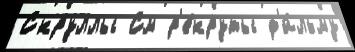
Скруллы См р'е́круты ф'и́льму